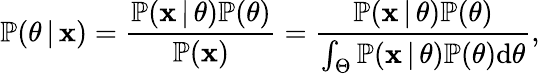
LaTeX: \mathbb{P}(\theta\, |\, \mathbf{x})=\frac{\mathbb{P}(\mathbf{x}\, |\, \theta)\mathbb{P}(\theta)}{\mathbb{P}(\mathbf{x})}=\frac{\mathbb{P}(\mathbf{x}\, |\, \theta)\mathbb{P}(\theta)}{\int_{\Theta}\mathbb{P}(\mathbf{x}\, |\, \theta)\mathbb{P}(\theta)\mathrm{d}\theta},